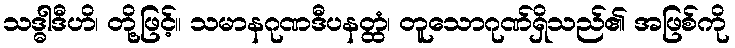
သဒ္ဓါဒီဟိ၊ တို့ဖြင့်။ သမာနဂုဏဒီပနတ္ထံ၊ တူသောဂုဏ်ရှိသည်၏ အဖြစ်ကို